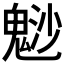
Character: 𩳑